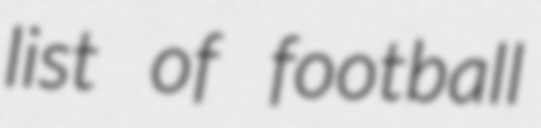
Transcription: list of football